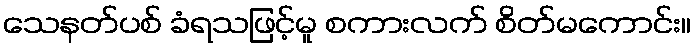
သေနတ်ပစ် ခံရသဖြင့်မူ စကားလက် စိတ်မကောင်း။